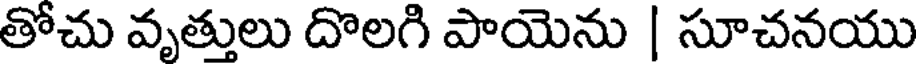
తోచు వృత్తులు దొలగి పాయెను | సూచనయు